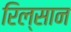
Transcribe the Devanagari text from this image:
रिल्सान